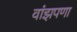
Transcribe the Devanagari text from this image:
वांझपणा